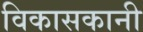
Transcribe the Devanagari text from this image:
विकासकानी